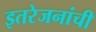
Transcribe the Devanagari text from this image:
इतरेजनांची